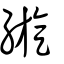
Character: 縼